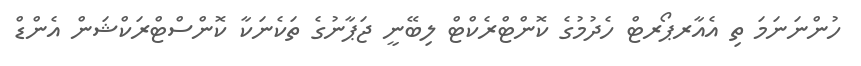
ހުންނަނަމަ ތި އެއާރޕޯރޓް ހެދުމުގެ ކޮންޓްރެކްޓް ލިބޭނީ ޖަޕާނުގެ ތަކެނަކާ ކޮންސްޓްރަކްޝަން އެންޑް